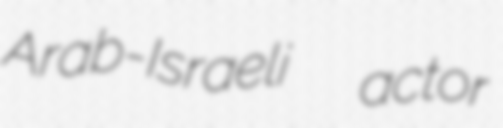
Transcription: Arab-Israeli  actor